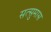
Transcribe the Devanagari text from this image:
सत्सुमास